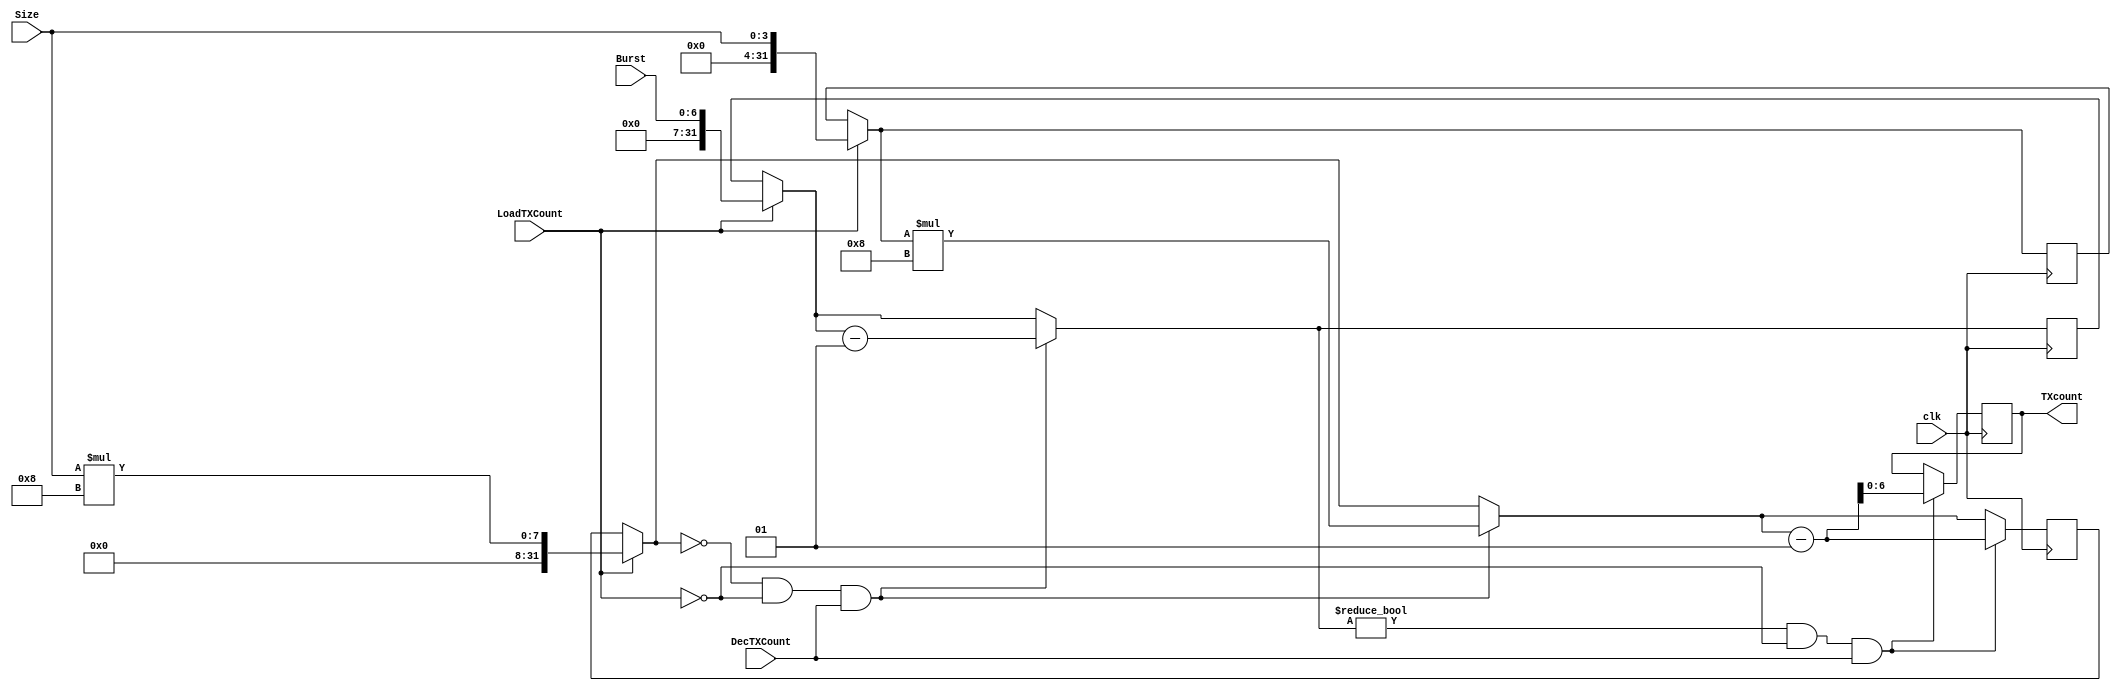

`timescale 10ns/1ns
module counterTX(clk, TXcount, LoadTXCount, DecTXCount, Burst, Size);
input clk;
input LoadTXCount, DecTXCount;
input [6:0]Burst;
input [3:0]Size;
output reg [6:0] TXcount;
integer size1,burst,size;

always@(posedge clk)
begin
//if(Burst == (1||2||4||8||16||32||64)  && Size==(1||2||4) )
//begin
	$display("Reached here");
	if(LoadTXCount)
	begin
		burst = Burst;
		size = Size;
		size1 = size*8;
	end
	if(size1==0 && LoadTXCount==0 && DecTXCount==1)
	begin
		burst =burst-1;
		size1 = size*8;
	end
	if(burst!=0 && LoadTXCount==0 && DecTXCount==1)
	begin
		size1=size1-1;
		TXcount = size1;
	end
end
//end
endmodule